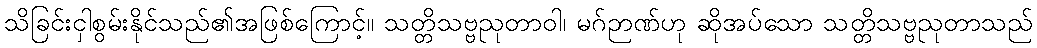
သိခြင်းငှါစွမ်းနိုင်သည်၏အဖြစ်ကြောင့်။ သတ္တိသဗ္ဗညုတာဝါ၊ မဂ်ဉာဏ်ဟု ဆိုအပ်သော သတ္တိသဗ္ဗညုတာသည်